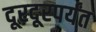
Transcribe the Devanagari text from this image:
दूरदूरपर्यंत